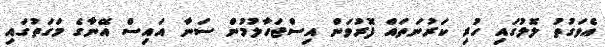
އެވަގުތު ލޮލުގައި ހުރި ކަރުނަތައް ފޮރުވަން އިސްޖަހާލުމުން ސަނާ އައިސް އޭނާގެ މަގަތުގައި